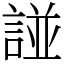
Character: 諩